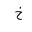
Letter: _kha